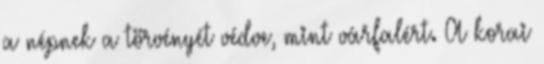
a népnek a törvényét védve, mint várfalért. A korai